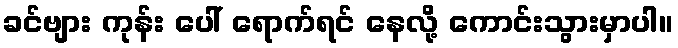
ခင်ဗျား ကုန်း ပေါ် ရောက်ရင် နေလို့ ကောင်းသွားမှာပါ။